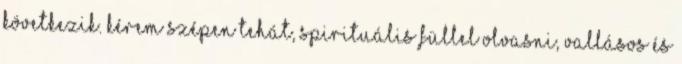
következik. Kérem szépen tehát, spirituális füllel olvasni, vallásos és